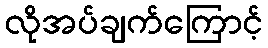
လိုအပ်ချက်ကြောင့်